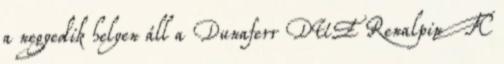
a negyedik helyen áll a Dunaferr DUE Renalpin FC